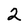
Character: 2